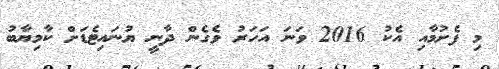
މި ފެށުމާއި އެކު 2016 ވަނަ އަހަރު ވެގެން ދާނީ ޔުނައިޓެޑަށް ކާމިޔާބު